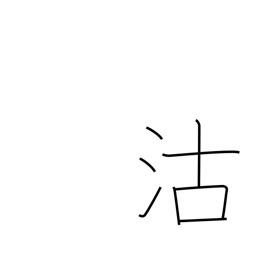
Meaning: buying & selling